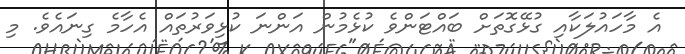
އެ މާހައުލަކާއި ގުޅޭގޮތަށް ބައްޓަންވެ ކުޅެމުން އަންނަ ކުޅިވަރުތައް އެހާމެ ގިނައެވެ. މި